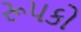
રૂપકો